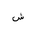
Letter: _shin